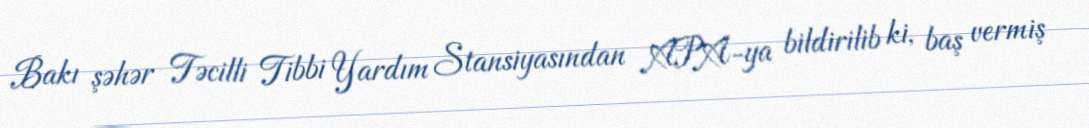
Bakı şəhər Təcilli Tibbi Yardım Stansiyasından APA-ya bildirilib ki, baş vermiş